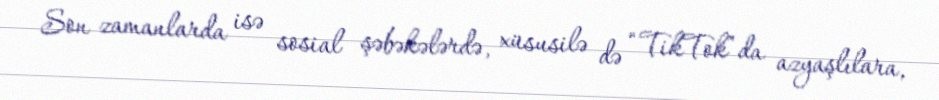
Son zamanlarda isə sosial şəbəkələrdə, xüsusilə də “TikTok”da azyaşlılara,